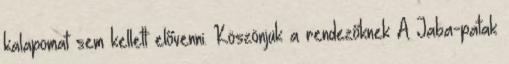
kalapomat sem kellett elővenni. Köszönjük a rendezőknek A Jaba-patak